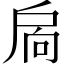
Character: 扄